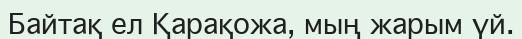
Байтақ ел Қарақожа, мың жарым үй.